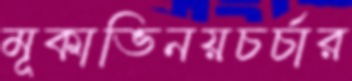
মূকাভিনয়চর্চার